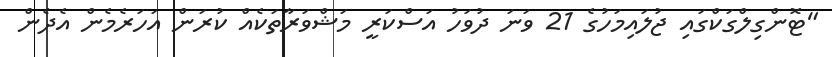
"ޓޮންގިލްގަކްގައި ޖުލައިމަހުގެ 21 ވަނަ ދުވަހު އަސްކަރީ މަޝްވަރާތަކެއް ކުރަން އަހަރެމެން އެދެން